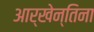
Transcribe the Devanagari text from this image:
आर्खेन्तिना